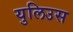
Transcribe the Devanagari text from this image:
युलिउस